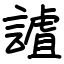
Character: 謯